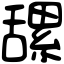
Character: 𦧲